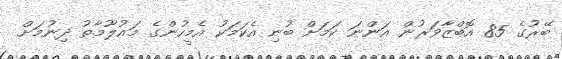
ބޭރުގެ 85 އޮބްޒާވަރުން އަންނަ ކަމަށް ބުނި އެކަމަކު އެމީހުންގެ މައުލޫމާތު ދިނުމަށް